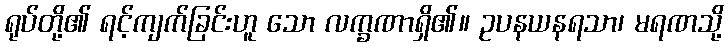
ရုပ်တို့၏ ရင့်ကျက်ခြင်းဟူ သော လက္ခဏာရှိ၏။ ဥပနယနရသာ၊ မရဏသို့